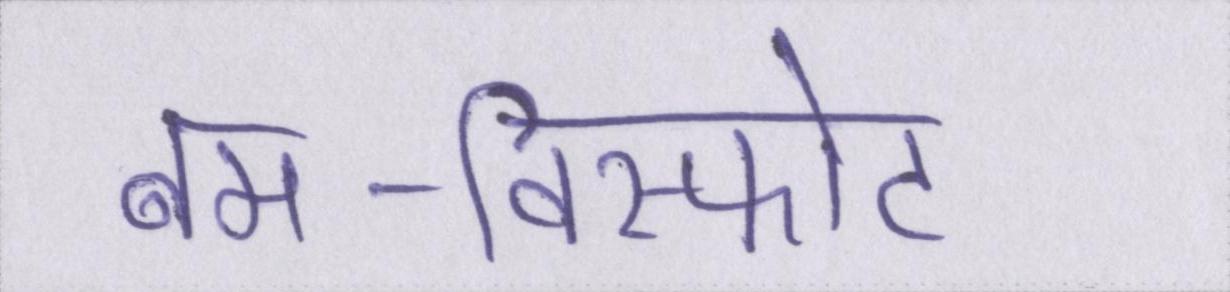
बम-विस्फोट